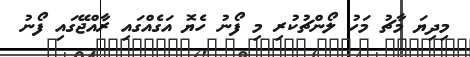
މިދިޔަ މާޗު މަހު ލޯންޗުކުރި މި ފޯނު ހެޔޮ އަގެއްގައި ރާއްޖޭގައި ފޯނު